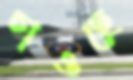
চাওছে